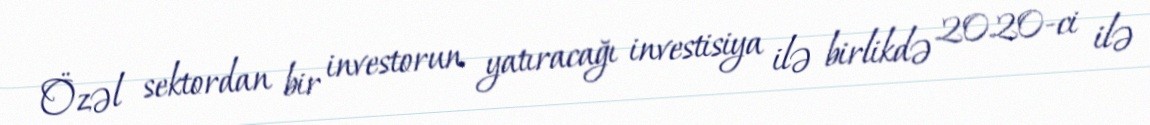
Özəl sektordan bir investorun yatıracağı investisiya ilə birlikdə 2020-ci ilə